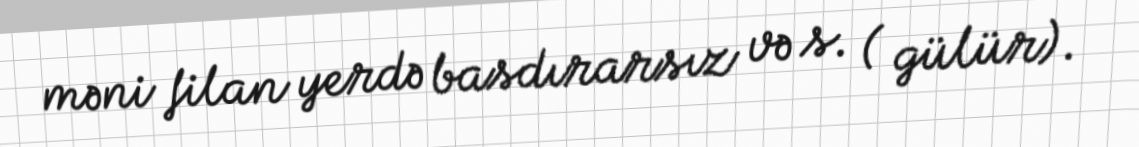
məni filan yerdə basdırarsız və s. ( gülür).